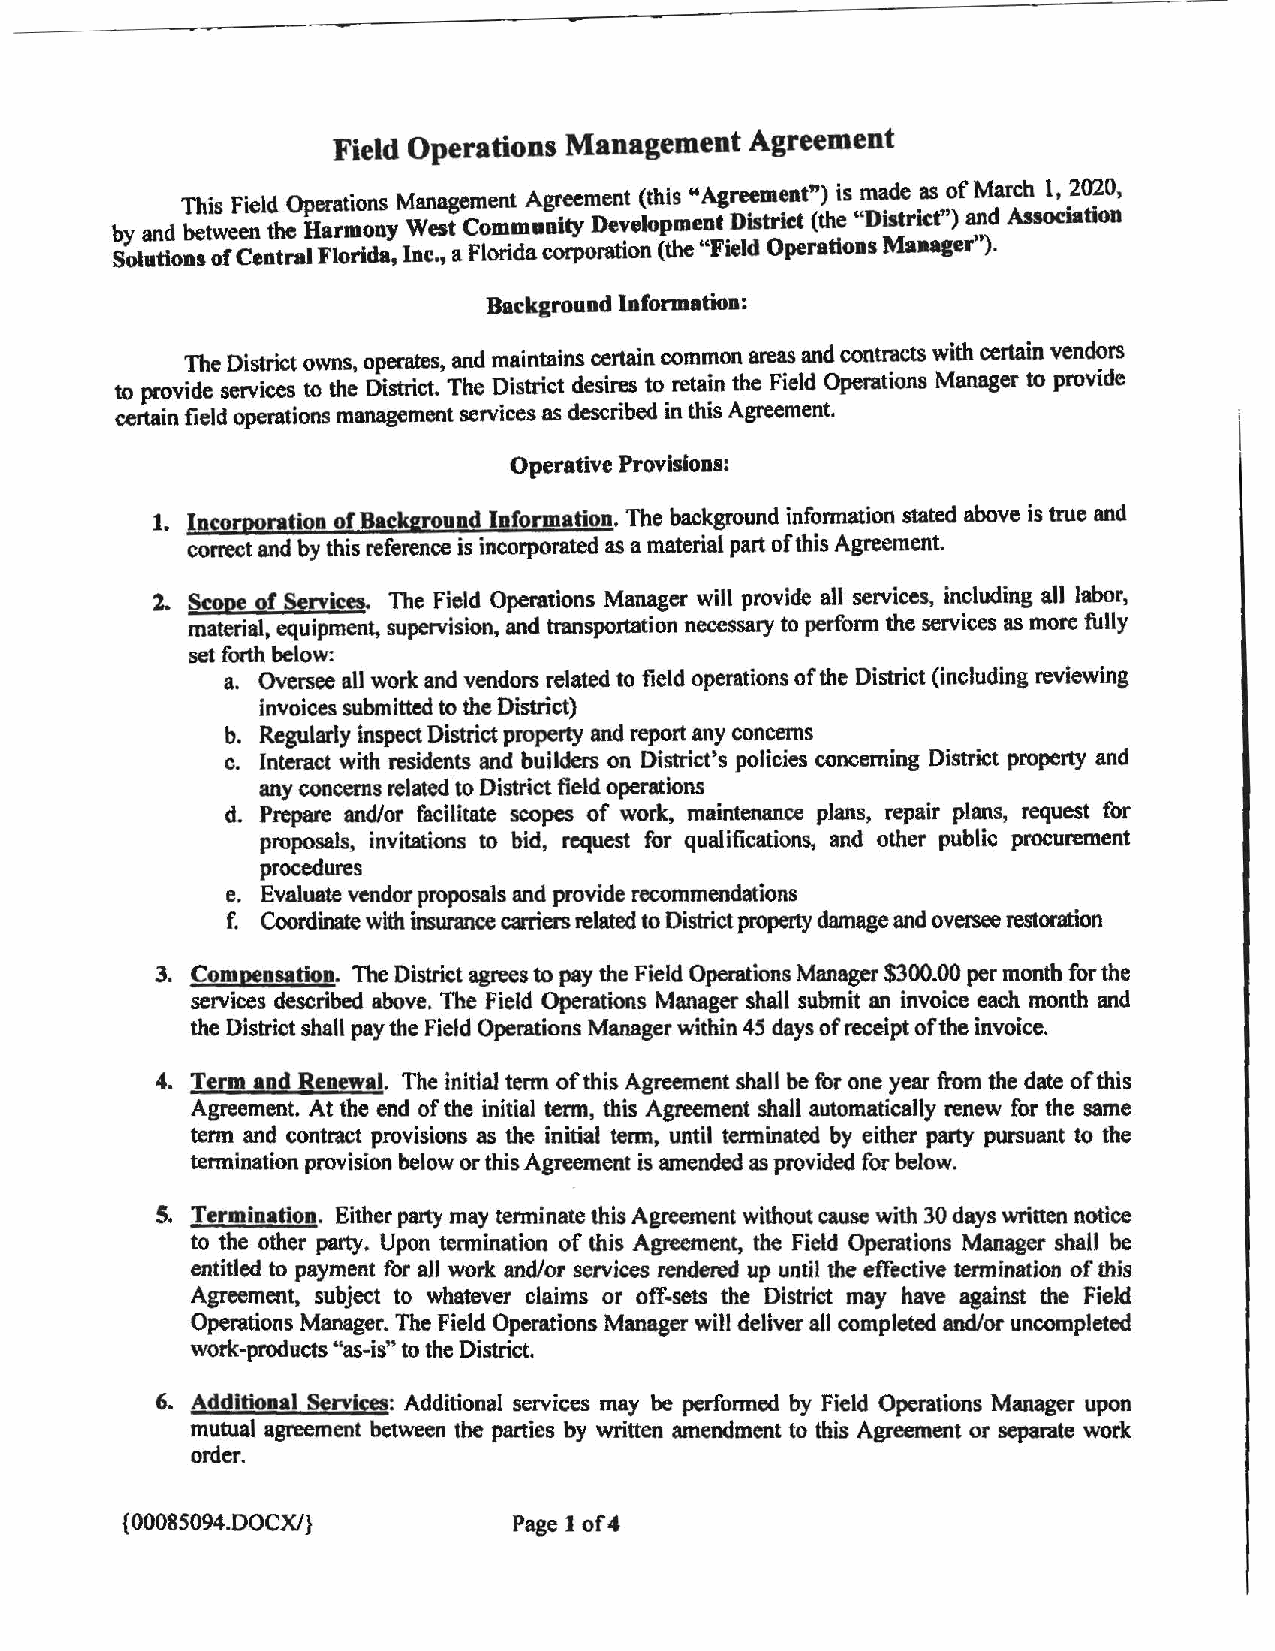
Field Operations Management Agreement
 ?f
 This Field Operations Management Agreement (this "Ag~ment") is.!1'~de ~ March 1, ?O~O,
 by and between the Harmony West Community De~elopm~?t _Dastrict (the D1Str1ct') a:;d Assoc1ation
 Solutions ofCentral Florida, Inc., a Florida corporation (the Field Operations Maaager ).
 Background Information:
 The District owns, operates, and maintains certain common areas and contracts with certain vend?rs
 to provide services to the District. The District desires to retain the Field Operations Manager to provide
 certain field operations management services as described in this Agreement.
 Operative Provisions:
 1. Incorporation of Background Information. The background infonnation stated above is true and
 correct and by this reference is incorporated as a material part ofthis Agreement.
 2. Scope of Services. The Field Operations Manager will provide all services, including all labor,
 material, equipment, supervision, and transportation necessary to perform the services as more fully
 set forth below:
 a. Oversee all work and vendors related to field operations ofthe District (including reviewing
 invoices submitted to the District)
 b. Regularly inspect District property and report any concerns
 c. Interact with residents and builders on District's policies concerning District property and
 any concerns related to District field operations
 d. Prepare and/or facilitate scopes of work, maintenance plans, repair plans, request for
 proposals, invitations to bid, request for qualifications, and other public procurement
 procedures
 e. Evaluate vendor proposals and provide recommendations
 f. Coordinate with insurance carriers related to District property damage and oversee restoration
 3. Compensation. The District agrees to pay the Field Operations Manager $300.00 per month for the
 services described above. The Field Operations Manager shall submit an invoice each month and
 the District shall pay the Field Operations Manager within 45 days ofreceipt ofthe invoice.
 4. Term apd Renewal. The initial term ofthis Agreement shall be for one year from the date ofthis
 Agreement. At the end of the initial term, this Agreement shall automatically renew for the same
 term and contract provisions as the initial term, until terminated by either party pursuant to the
 termination provision below or this Agreement is amended as provided for below.
 S. Termination. Eitherparty may tenninate this Agreement without cause with 30 days written notice
 to the other party. Upon termination of this Agreement, the Field Operations Manager shall be
 entitled to payment for aJI work and/or services rendered up until the effective termination of this
 Agreement, subject to whatever claims or off-sets the District may have against the Field
 Operations Manager. The Field Operations Manager will deliver all completed and/or uncompleted
 work-products "as-is" to the District.
 6. Additional Services: Additional services may be performed by Field Operations Manager upon
 mutual agreement between the parties by written amendment to this Agreement or separate work
 order.
 {0 0085094.DOCX/}        Page 1 of4